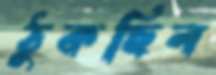
ঠুকছিল